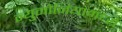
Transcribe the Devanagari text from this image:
न्युमोनियामध्ये